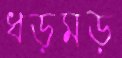
ধড়মড়